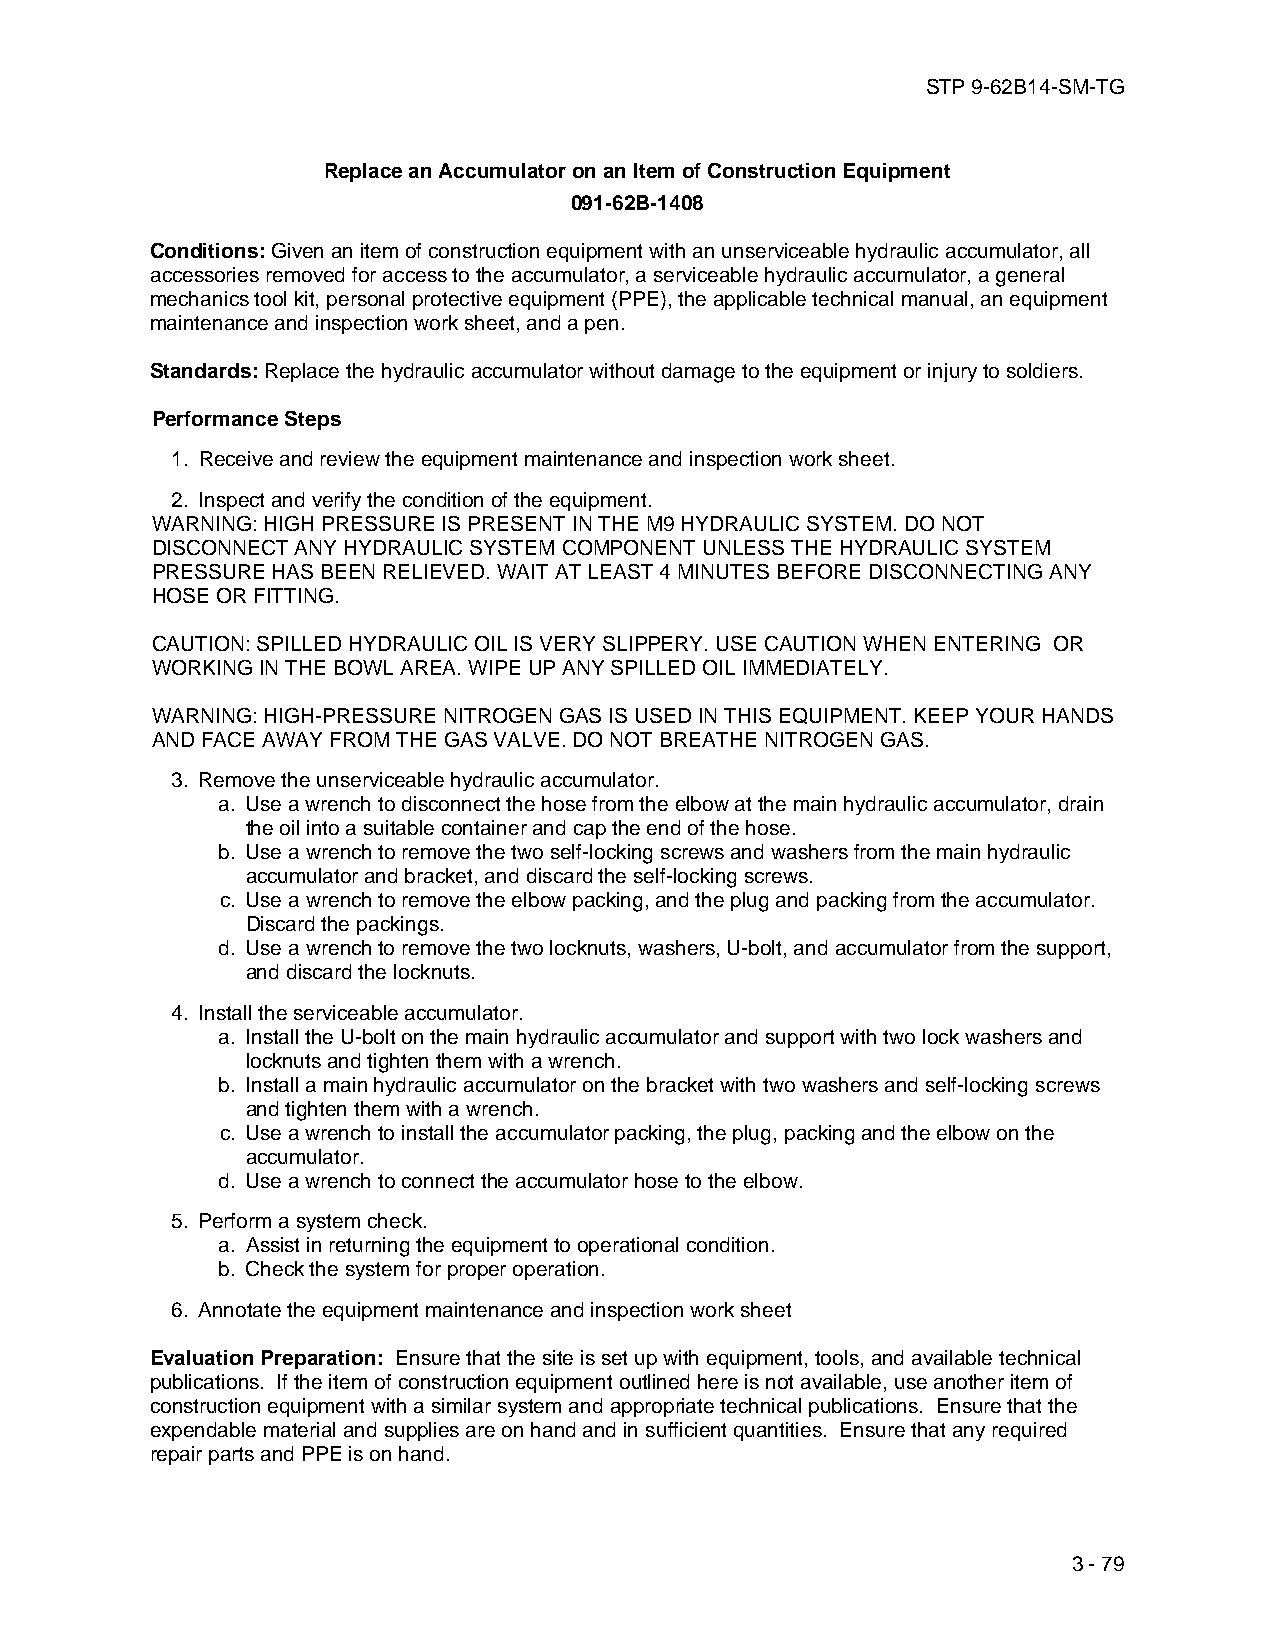
STP 9-62B14-SM-TG
 Replace an Accumulator on an Item of Construction Equipment
 091-62B-1408
 Conditions: Given an item of construction equipment with an unserviceable hydraulic accumulator, all
 accessories removed for access to the accumulator, a serviceable hydraulic accumulator, a general
 mechanics tool kit, personal protective equipment (PPE), the applicable technical manual, an equipment
 maintenance and inspection work sheet, and a pen.
 Standards: Replace the hydraulic accumulator without damage to the equipment or injury to soldiers.
 Performance Steps
 1. Receive and review the equipment maintenance and inspection work sheet.
 2. Inspect and verify the condition of the equipment.
 WARNING: HIGH PRESSURE IS PRESENT IN THE M9 HYDRAULIC SYSTEM. DO NOT
 DISCONNECT ANY HYDRAULIC SYSTEM COMPONENT UNLESS THE HYDRAULIC SYSTEM
 PRESSURE HAS BEEN RELIEVED. WAIT AT LEAST 4 MINUTES BEFORE DISCONNECTING ANY
 HOSE OR FITTING.
 CAUTION: SPILLED HYDRAULIC OIL IS VERY SLIPPERY. USE CAUTION WHEN ENTERING OR
 WORKING IN THE BOWL AREA. WIPE UP ANY SPILLED OIL IMMEDIATELY.
 WARNING: HIGH-PRESSURE NITROGEN GAS IS USED IN THIS EQUIPMENT. KEEP YOUR HANDS
 AND FACE AWAY FROM THE GAS VALVE. DO NOT BREATHE NITROGEN GAS.
 3. Remove the unserviceable hydraulic accumulator.
 a. Use a wrench to disconnect the hose from the elbow at the main hydraulic accumulator, drain
 the oil into a suitable container and cap the end of the hose.
 b. Use a wrench to remove the two self-locking screws and washers from the main hydraulic
 accumulator and bracket, and discard the self-locking screws.
 c. Use a wrench to remove the elbow packing, and the plug and packing from the accumulator.
 Discard the packings.
 d. Use a wrench to remove the two locknuts, washers, U-bolt, and accumulator from the support,
 and discard the locknuts.
 4. Install the serviceable accumulator.
 a. Install the U-bolt on the main hydraulic accumulator and support with two lock washers and
 locknuts and tighten them with a wrench.
 b. Install a main hydraulic accumulator on the bracket with two washers and self-locking screws
 and tighten them with a wrench.
 c. Use a wrench to install the accumulator packing, the plug, packing and the elbow on the
 accumulator.
 d. Use a wrench to connect the accumulator hose to the elbow.
 5. Perform a system check.
 a. Assist in returning the equipment to operational condition.
 b. Check the system for proper operation.
 6. Annotate the equipment maintenance and inspection work sheet
 Evaluation Preparation: Ensure that the site is set up with equipment, tools, and available technical
 publications. If the item of construction equipment outlined here is not available, use another item of
 construction equipment with a similar system and appropriate technical publications. Ensure that the
 expendable material and supplies are on hand and in sufficient quantities. Ensure that any required
 repair parts and PPE is on hand.
 3 - 79